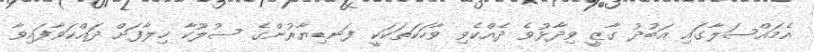
އެމައްސަލާގައި އަބުދު ގާޒީ ވިދާޅުވެ ދެއްކެވި ވާހަކަތަކަކީ ފަނޑިޔާރުންގެ ސުލޫކާ ހިލާފަށް ދައްކަވާފައިވާ